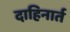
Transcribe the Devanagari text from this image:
दाहिनार्त